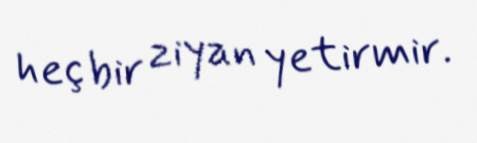
heç bir ziyan yetirmir.